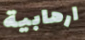
ارهابية